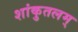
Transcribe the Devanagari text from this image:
शांकुतलम्